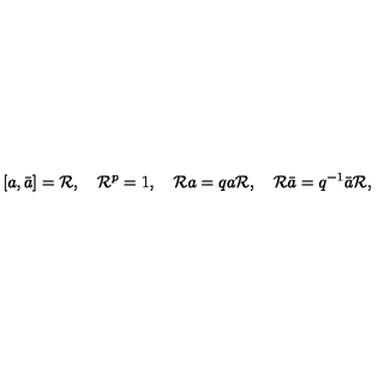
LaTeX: [ a , \bar { a } ] = { \cal R } , \quad { \cal R } ^ { p } = 1 , \quad { \cal R } a = q a { \cal R } , \quad { \cal R } \bar { a } = q ^ { - 1 } \bar { a } { \cal R } ,